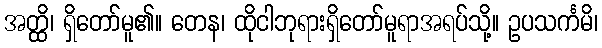
အတ္ထိ၊ ရှိတော်မူ၏။ တေန၊ ထိုငါဘုရားရှိတော်မူရာအရပ်သို့။ ဥပသင်္ကမိ၊